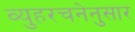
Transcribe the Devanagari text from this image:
व्युहरचनेनुसार